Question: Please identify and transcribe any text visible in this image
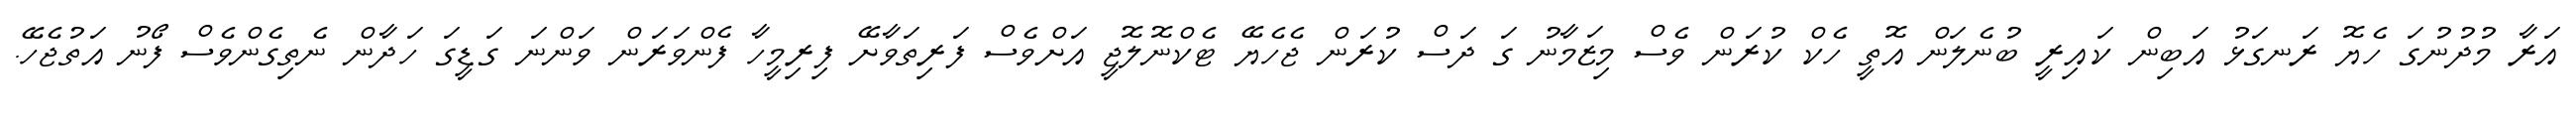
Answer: އަރާ މުދުނުގަ ހެޔޮ ރަނގަޅު އަބިން ކައިރީ ބުނެލަން އޮތީ ހެކް ކުރަން ވެސް މިޒަމާނު ގަ ދަސް ކުރަން ޖެހެޔޭ ޓެކްނޮލޮޖީ އަށްވެސް ފަރިތަވާށޭ ފިރިމީހާ ފެންވަރަން ވަންނަ ގަޑީގަ ހަދާން ނެތިގެންވެސް ފޯނު އަތުޖެހޭ.